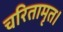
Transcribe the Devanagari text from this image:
चरितामृत।